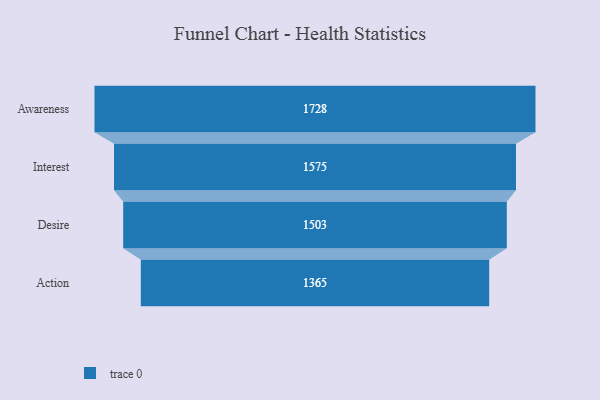
{"axis": {"x": "Stage", "y": "Value"}, "legend": [""], "data": [{"x": "Awareness", "y": 1728.0, "type": ""}, {"x": "Interest", "y": 1575.0, "type": ""}, {"x": "Desire", "y": 1503.0, "type": ""}, {"x": "Action", "y": 1365.0, "type": ""}]}